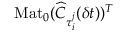
\mathrm { M a t } _ { 0 } ( \widehat { C } _ { \tau _ { i } ^ { j } } ( \delta t ) ) ^ { T }